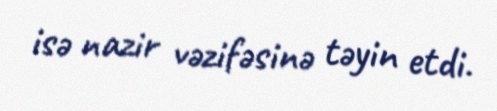
isə nazir vəzifəsinə təyin etdi.